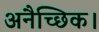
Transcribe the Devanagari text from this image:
अनैच्छिक।